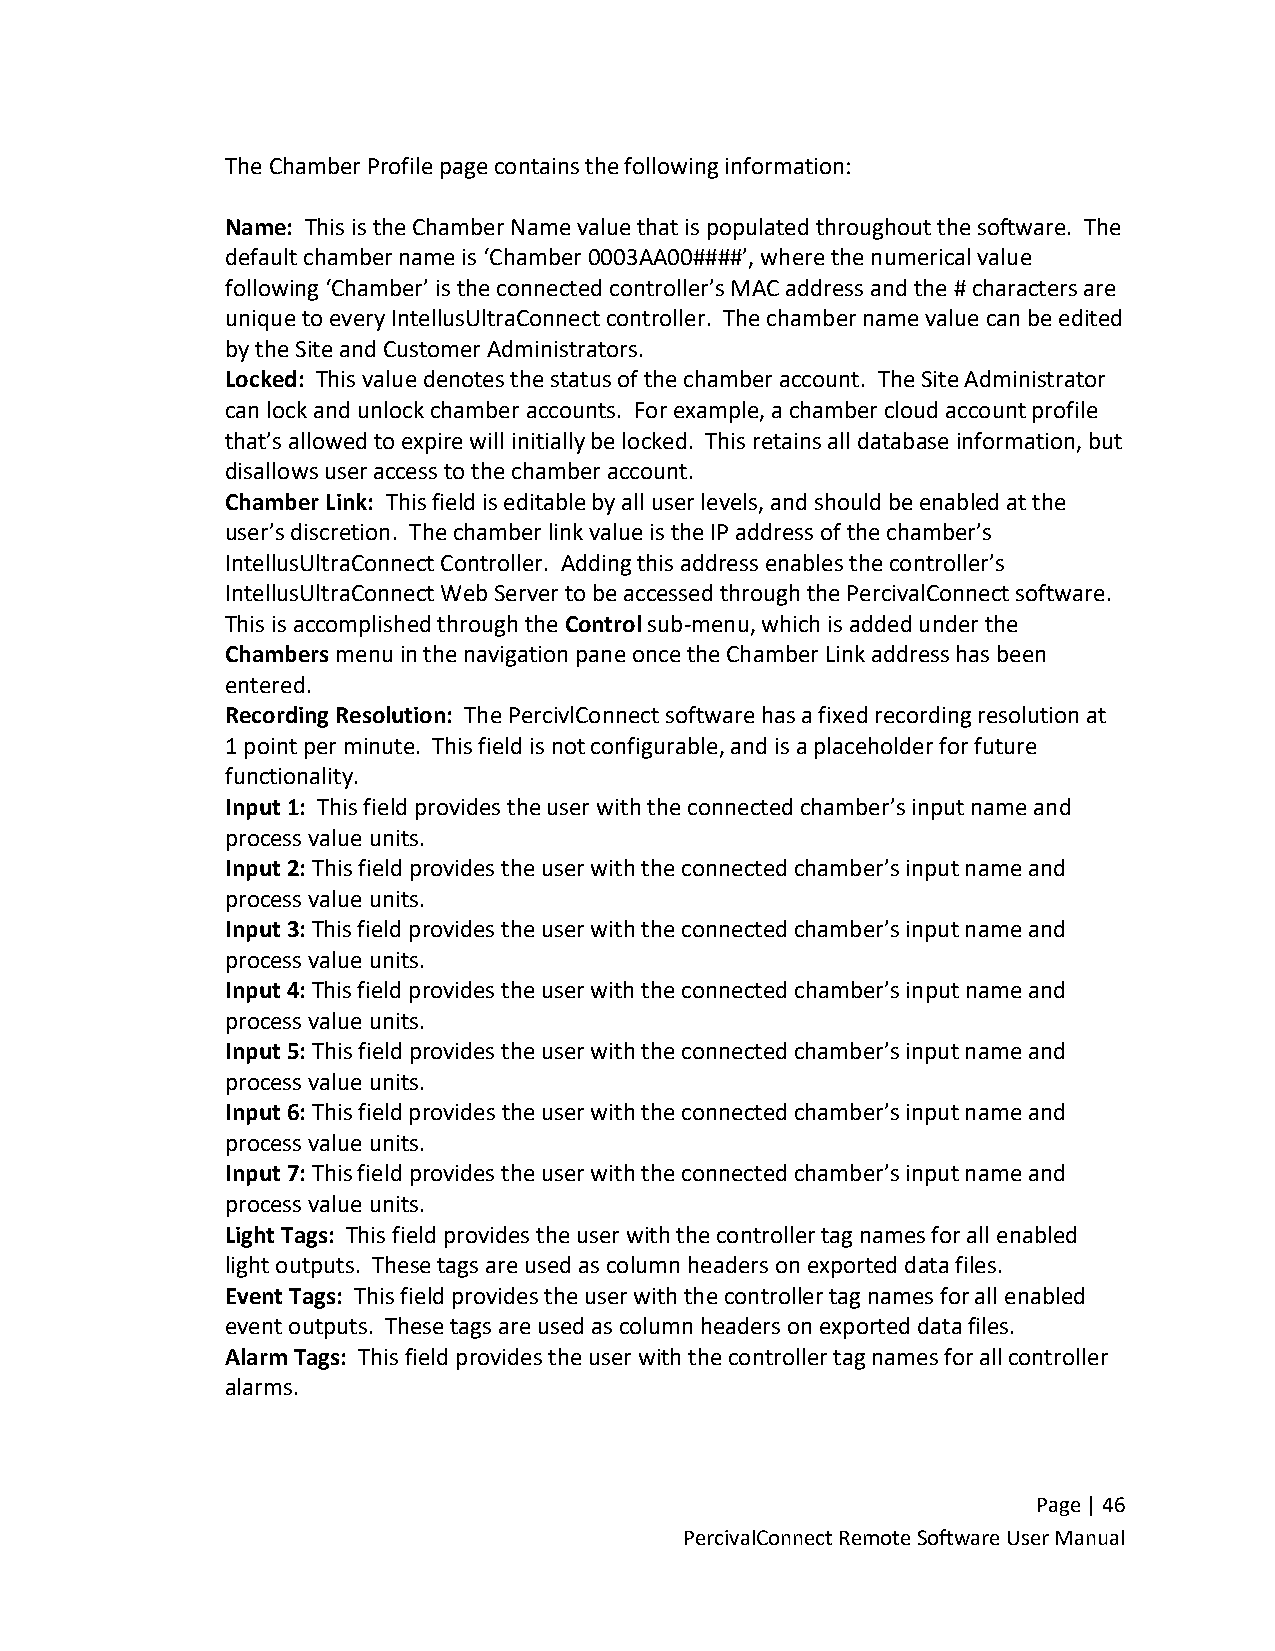
The Chamber Profile page contains the following information:
 Name: This is the Chamber Name value that is populated throughout the software. The
 default chamber name is ‘Chamber 0003AA00####’, where the numerical value
 following ‘Chamber’ is the connected controller’s MAC address and the # characters are
 unique to every IntellusUltraConnect controller. The chamber name value can be edited
 by the Site and Customer Administrators.
 Locked: This value denotes the status of the chamber account. The Site Administrator
 can lock and unlock chamber accounts. For example, a chamber cloud account profile
 that’s allowed to expire will initially be locked. This retains all database information, but
 disallows user access to the chamber account.
 Chamber Link: This field is editable by all user levels, and should be enabled at the
 user’s discretion. The chamber link value is the IP address of the chamber’s
 IntellusUltraConnect Controller. Adding this address enables the controller’s
 IntellusUltraConnect Web Server to be accessed through the PercivalConnect software.
 This is accomplished through the Control sub-menu, which is added under the
 Chambers menu in the navigation pane once the Chamber Link address has been
 entered.
 Recording Resolution: The PercivlConnect software has a fixed recording resolution at
 1 point per minute. This field is not configurable, and is a placeholder for future
 functionality.
 Input 1: This field provides the user with the connected chamber’s input name and
 process value units.
 Input 2: This field provides the user with the connected chamber’s input name and
 process value units.
 Input 3: This field provides the user with the connected chamber’s input name and
 process value units.
 Input 4: This field provides the user with the connected chamber’s input name and
 process value units.
 Input 5: This field provides the user with the connected chamber’s input name and
 process value units.
 Input 6: This field provides the user with the connected chamber’s input name and
 process value units.
 Input 7: This field provides the user with the connected chamber’s input name and
 process value units.
 Light Tags: This field provides the user with the controller tag names for all enabled
 light outputs. These tags are used as column headers on exported data files.
 Event Tags: This field provides the user with the controller tag names for all enabled
 event outputs. These tags are used as column headers on exported data files.
 Alarm Tags: This field provides the user with the controller tag names for all controller
 alarms.
 Page | 46
 PercivalConnect Remote Software User Manual